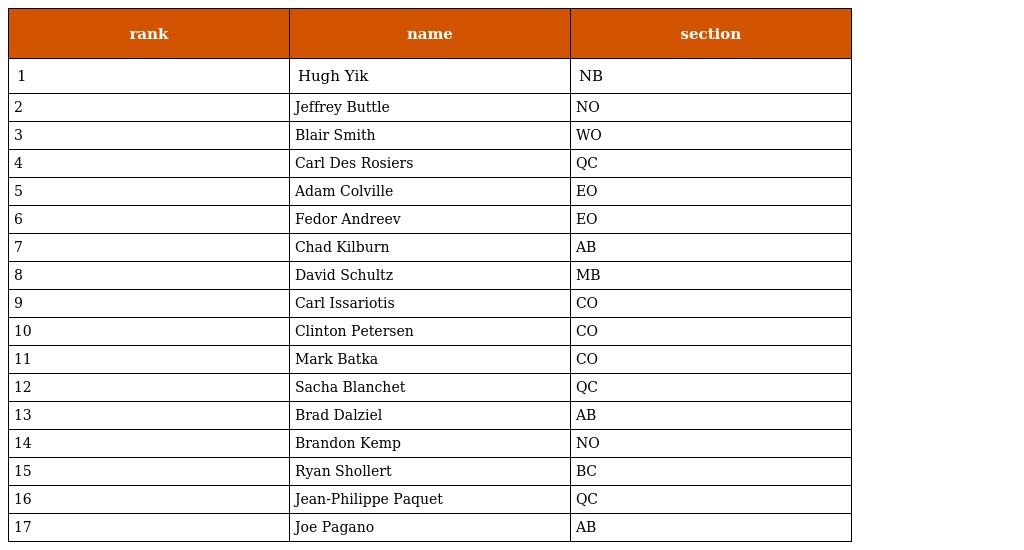
| rank | name | section |
 | --- | --- | --- |
 | 1 | Hugh Yik | NB |
 | 2 | Jeffrey Buttle | NO |
 | 3 | Blair Smith | WO |
 | 4 | Carl Des Rosiers | QC |
 | 5 | Adam Colville | EO |
 | 6 | Fedor Andreev | EO |
 | 7 | Chad Kilburn | AB |
 | 8 | David Schultz | MB |
 | 9 | Carl Issariotis | CO |
 | 10 | Clinton Petersen | CO |
 | 11 | Mark Batka | CO |
 | 12 | Sacha Blanchet | QC |
 | 13 | Brad Dalziel | AB |
 | 14 | Brandon Kemp | NO |
 | 15 | Ryan Shollert | BC |
 | 16 | Jean-Philippe Paquet | QC |
 | 17 | Joe Pagano | AB |